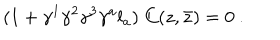
LaTeX: ( 1 + \gamma ^ { 1 } \gamma ^ { 2 } \gamma ^ { 3 } \gamma ^ { a } l _ { a } ) \; C ( z , \bar { z } ) = 0 \ .